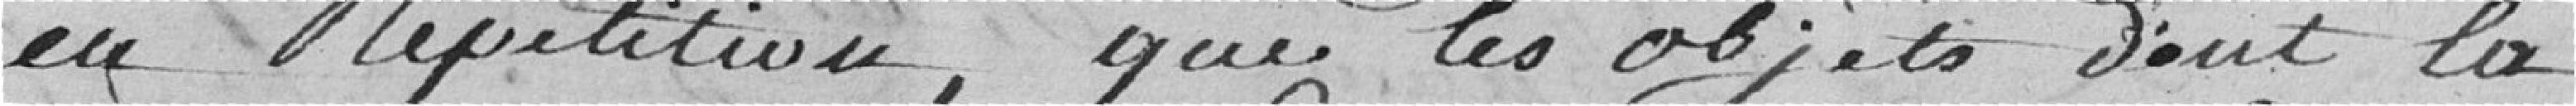
en répétition, que les objets dont la